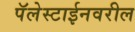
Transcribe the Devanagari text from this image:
पॅलेस्टाईनवरील